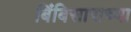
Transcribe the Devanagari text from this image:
बिंबिसाराच्या